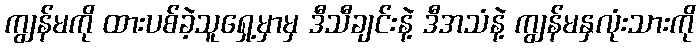
ကျွန်မကို ထားပစ်ခဲ့သူရှေ့မှာမှ ဒီသီချင်းနဲ့ ဒီအသံနဲ့ ကျွန်မနှလုံးသားကို